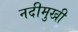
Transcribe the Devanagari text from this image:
नदीमुखी